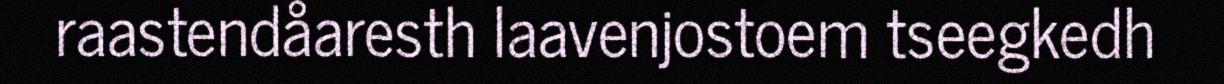
raastendåaresth laavenjostoem tseegkedh